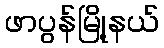
ဖာပွန်မြို့နယ်